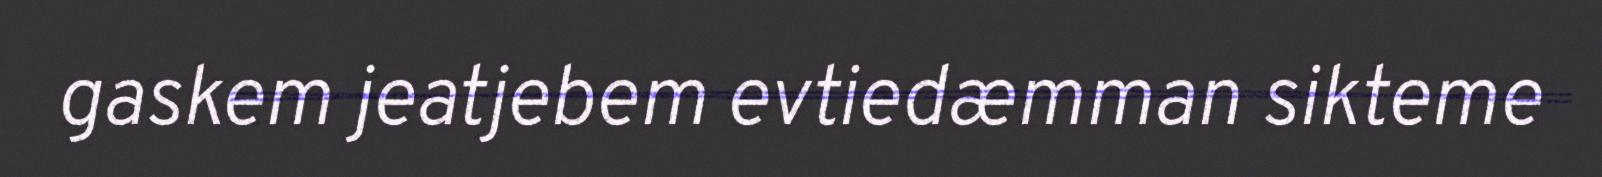
gaskem jeatjebem evtiedæmman sikteme